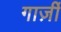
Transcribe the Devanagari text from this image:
गार्ज़ी